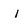
Character: I